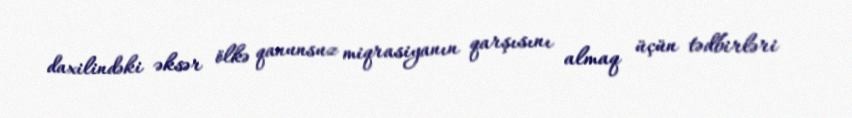
daxilindəki əksər ölkə qanunsuz miqrasiyanın qarşısını almaq üçün tədbirləri